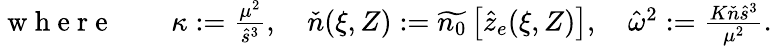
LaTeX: \begin{array}{r}{\mathrm{~w~h~e~r~e~}\qquad\kappa:=\frac{\mu^{2}}{\hat{s}^{3}},\quad\check{n}(\xi,Z):=\widetilde{n_{0}}\left[\hat{z}_{e}(\xi,Z)\right],\quad\hat{\omega}^{2}:=\frac{K\check{n}\hat{s}^{3}}{\mu^{2}}.}\end{array}